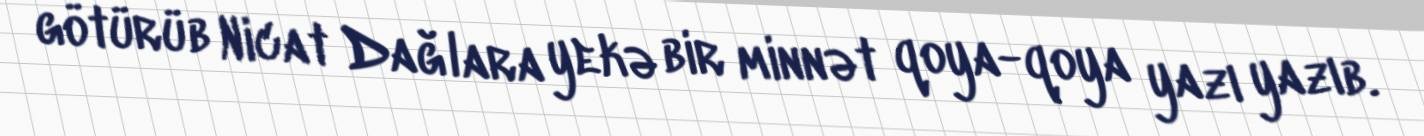
götürüb Nicat Dağlara yekə bir minnət qoya-qoya yazı yazıb.